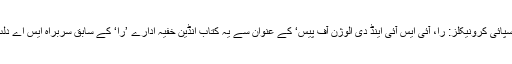
لیفٹیننٹ جنرل اسد دارنی نے ’دی سپائی کرونیکلز: را، آئی ایس آئی اینڈ دی الوژن آف پیس‘ کے عنوان سے یہ کتاب انڈین خفیہ ادارے ’را‘ کے سابق سربراہ ایس اے دُلت کے ساتھ مل کر تحریر کی ہے۔